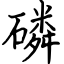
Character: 磷